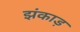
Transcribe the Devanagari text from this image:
झंकाड़